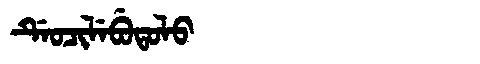
Manchu: ᡩᡝᠣᠴᡳᠯᡝᠪᡠᡨᠣᠯᠣ
Romanization: DEOCILEBUTOLO